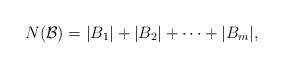
LaTeX: \begin{align*}N(\mathcal{B}) = |B_1|+|B_2|+\cdots+|B_m|,\end{align*}